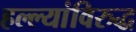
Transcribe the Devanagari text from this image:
हल्ल्यांविरुद्ध